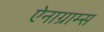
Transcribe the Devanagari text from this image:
ऐनाग्राम्स